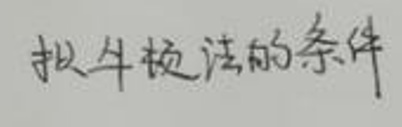
拟牛顿法的条件